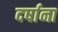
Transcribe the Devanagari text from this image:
दर्षाना